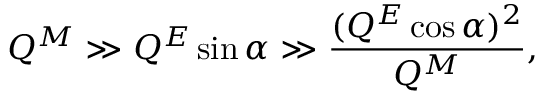
Q ^ { M } \gg Q ^ { E } \sin \alpha \gg \frac { ( Q ^ { E } \cos \alpha ) ^ { 2 } } { Q ^ { M } } ,